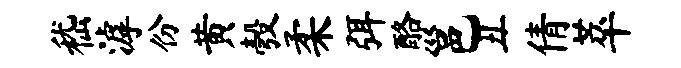
嵇滹份黄彀柔弭酪邕丑倩萃